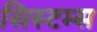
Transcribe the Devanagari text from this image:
सिस्‍टम्स